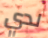
لدي